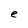
Character: e